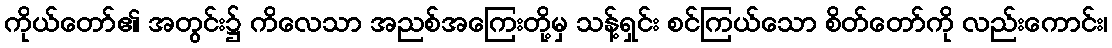
ကိုယ်တော်၏ အတွင်း၌ ကိလေသာ အညစ်အကြေးတို့မှ သန့်ရှင်း စင်ကြယ်သော စိတ်တော်ကို လည်းကောင်း၊